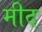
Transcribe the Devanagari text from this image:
मीद